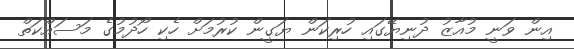
އިން ވަނީ މުއާޒު ދުނިޔޭގައި ހުރިކަން ޔަގީން ކުރުމަށް ހެކި ހޯދުމުގެ މަސައްކަތް